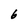
Character: 6